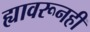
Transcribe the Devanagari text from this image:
ह्यावरूनही